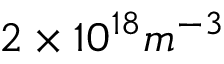
2 \times 1 0 ^ { 1 8 } m ^ { - 3 }